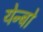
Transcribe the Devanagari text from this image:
येन्बो